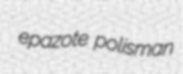
epazote polisman